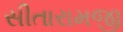
સીતારામજી